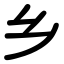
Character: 乡